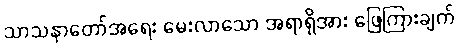
သာသနာတော်အရေး မေးလာသော အရာရှိအား ဖြေကြားချက်